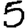
Digit: 5